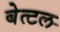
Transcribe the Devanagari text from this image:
बेत्टल